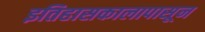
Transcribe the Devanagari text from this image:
इतिहासकालापासून